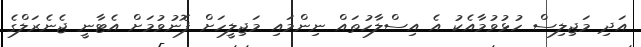
އަދި މަޖިލިސް ހުޅުވުމާއެކު އެ އިސްލާހުތައް ނިންމައި މަޖިލީހަށް ފޮނުވުމަށް އެޓާނީ ޖެނެރަލްގެ